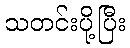
သတင်းပို့ပြီး